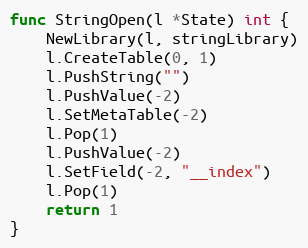
Language: Go
func StringOpen(l *State) int {
	NewLibrary(l, stringLibrary)
	l.CreateTable(0, 1)
	l.PushString("")
	l.PushValue(-2)
	l.SetMetaTable(-2)
	l.Pop(1)
	l.PushValue(-2)
	l.SetField(-2, "__index")
	l.Pop(1)
	return 1
}